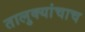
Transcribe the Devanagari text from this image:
तालुक्यांचाच